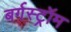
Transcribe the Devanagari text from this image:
बर्गस्ट्रॉम